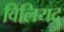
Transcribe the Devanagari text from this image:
विलियदु